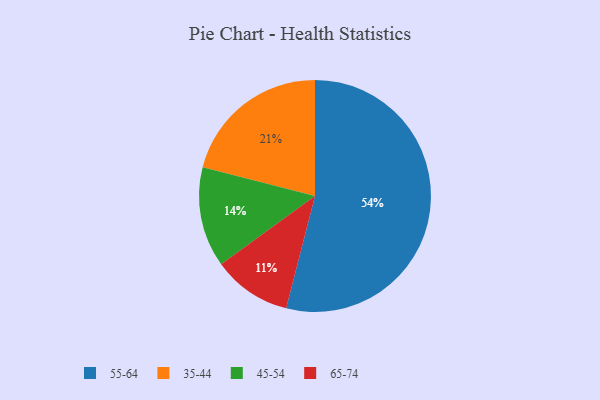
{"axis": {"x": "Category", "y": "Percentage"}, "legend": ["35-44", "45-54", "55-64", "65-74"], "data": [{"x": "45-54", "y": 14, "type": "45-54"}, {"x": "65-74", "y": 11, "type": "65-74"}, {"x": "35-44", "y": 21, "type": "35-44"}, {"x": "55-64", "y": 54, "type": "55-64"}]}